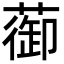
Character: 蓹